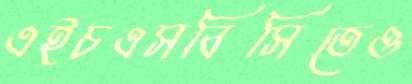
এইচএসবিসিতেও